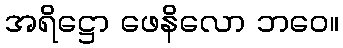
အရိဋ္ဌော ဖေနိလော ဘဝေ။